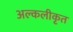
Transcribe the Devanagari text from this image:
अल्कलीकृत